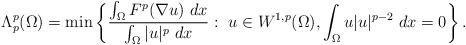
LaTeX: \begin{align*}\Lambda_p^p(\Omega)=\min\left\{\frac{\int_\Omega F^p(\nabla u)\ dx}{\int_\Omega |u|^p \ dx} :\ u\in W^{1,p}(\Omega), \int_\Omega u|u|^{p-2}\ dx=0 \right\}.\end{align*}